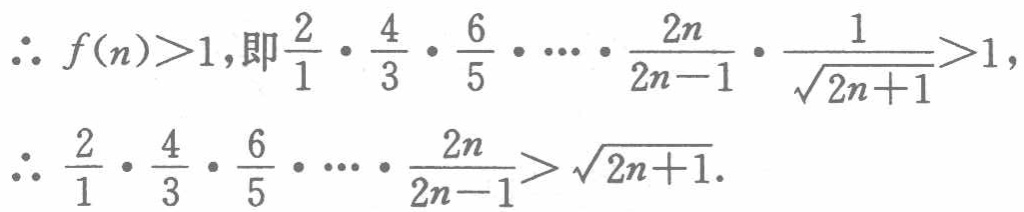
\begin{align*}
&\therefore f(n)>1,\text{即}\frac{2}{1}\cdot\frac{4}{3}\cdot\frac{6}{5}\cdots\cdot\frac{2n}{2n - 1}\cdot\frac{1}{\sqrt{2n + 1}}>1,\\
&\therefore\frac{2}{1}\cdot\frac{4}{3}\cdot\frac{6}{5}\cdots\cdot\frac{2n}{2n - 1}>\sqrt{2n + 1}.
\end{align*}